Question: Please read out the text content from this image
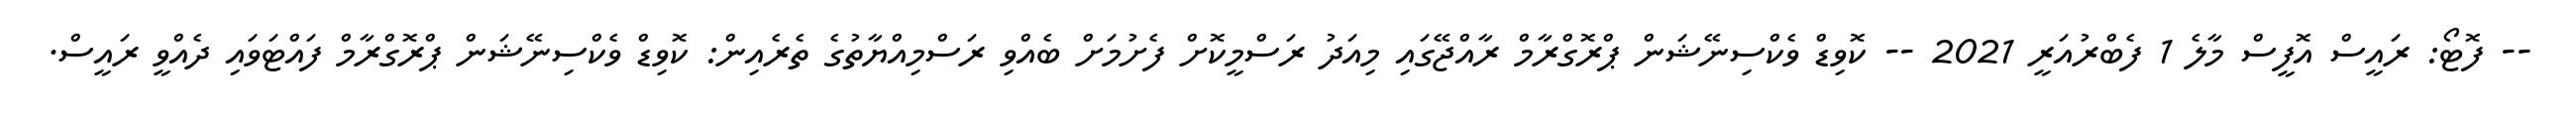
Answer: -- ފޮޓޯ: ރައީސް އޮފީސް މާލެ 1 ފެބްރުއަރީ 2021 -- ކޮވިޑް ވެކްސިނޭޝަން ޕްރޮގްރާމް ރާއްޖޭގައި މިއަދު ރަސްމީކޮށް ފެށުމަށް ބެއްވި ރަސްމިއްޔާތުގެ ތެރެއިން: ކޮވިޑް ވެކްސިނޭޝަން ޕްރޮގްރާމް ފައްޓަވައި ދެއްވީ ރައީސް.